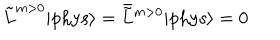
\tilde { L } ^ { m > 0 } | \mathrm { p h y s } \rangle = \bar { \tilde { L } } { } ^ { m > 0 } | \mathrm { p h y s } \rangle = 0